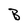
Character: B